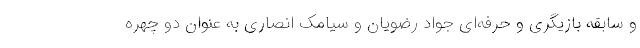
و سابقه بازیگری و حرفه‌ای جواد رضویان و سیامک انصاری به عنوان دو چهره